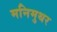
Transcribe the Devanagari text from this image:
मनिमुथर